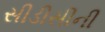
સીડીસીની